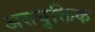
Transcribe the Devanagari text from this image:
असयुक्तिक